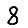
Digit: 8